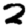
Digit: 2